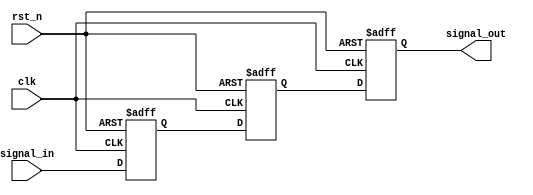
module metastability_detector (
    input wire clk,          // Clock input
    input wire signal_in,    // Asynchronous input signal
    input wire rst_n,        // Active-low asynchronous reset
    output reg signal_out     // Stable output signal
);

    // Internal signals for the two flip-flops
    reg ff1, ff2;

    // First flip-flop (FF1)
    always @(posedge clk or negedge rst_n) begin
        if (!rst_n) begin
            ff1 <= 1'b0; // Reset FF1 to a known state
        end else begin
            ff1 <= signal_in; // Capture the input signal
        end
    end

    // Second flip-flop (FF2)
    always @(posedge clk or negedge rst_n) begin
        if (!rst_n) begin
            ff2 <= 1'b0; // Reset FF2 to a known state
        end else begin
            ff2 <= ff1; // Capture the output of FF1
        end
    end

    // Output assignment
    always @(posedge clk or negedge rst_n) begin
        if (!rst_n) begin
            signal_out <= 1'b0; // Reset output to a known state
        end else begin
            signal_out <= ff2; // Output the stable signal
        end
    end

endmodule